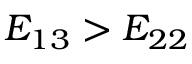
E _ { 1 3 } > E _ { 2 2 }